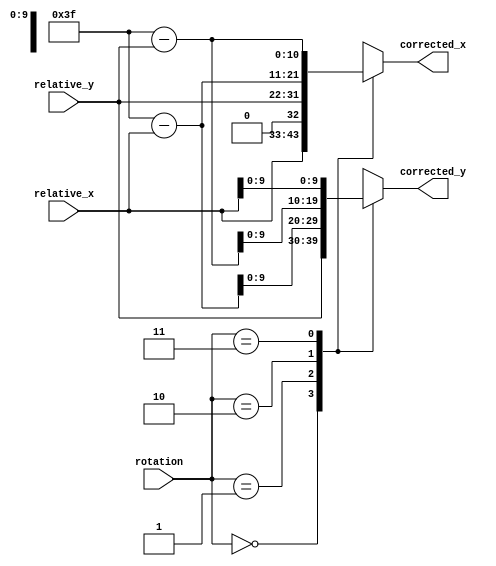
`timescale 1ns / 1ps
//////////////////////////////////////////////////////////////////////////////////
// Company: 
// Engineer: 
// 
// Design Name: 
// Module Name: sprite_loader
// Project Name: 
// Target Devices: 
// Tool Versions: 
// Description: 
// 
// Dependencies: 
// 
// Revision:
// Revision 0.01 - File Created
// Additional Comments:
// 
//////////////////////////////////////////////////////////////////////////////////


module sprite_rotator #(parameter SPR_HEIGHT = 64,
                       parameter SPR_WIDTH = 64)
    (
    input [10:0] relative_x,
    input [9:0] relative_y,
    input [1:0] rotation,
    output reg [10:0] corrected_x,
    output reg [9:0] corrected_y
    );
    
    always @ *
    begin
        case (rotation)
        'd0: begin
                corrected_x = relative_x;
                corrected_y = relative_y;
             end
        'd1: begin
                corrected_x = relative_y;
                corrected_y = SPR_HEIGHT - 1 - relative_x;
             end
        'd2: begin
                corrected_x = SPR_WIDTH - 1 - relative_x;
                corrected_y = SPR_HEIGHT - 1 - relative_y;
             end
        'd3: begin
                corrected_x = SPR_WIDTH - 1 - relative_y;
                corrected_y = relative_x;
             end
        endcase
    end 
endmodule